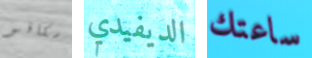
سكافو الديفيدي ساعتك